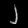
Digit: ၂